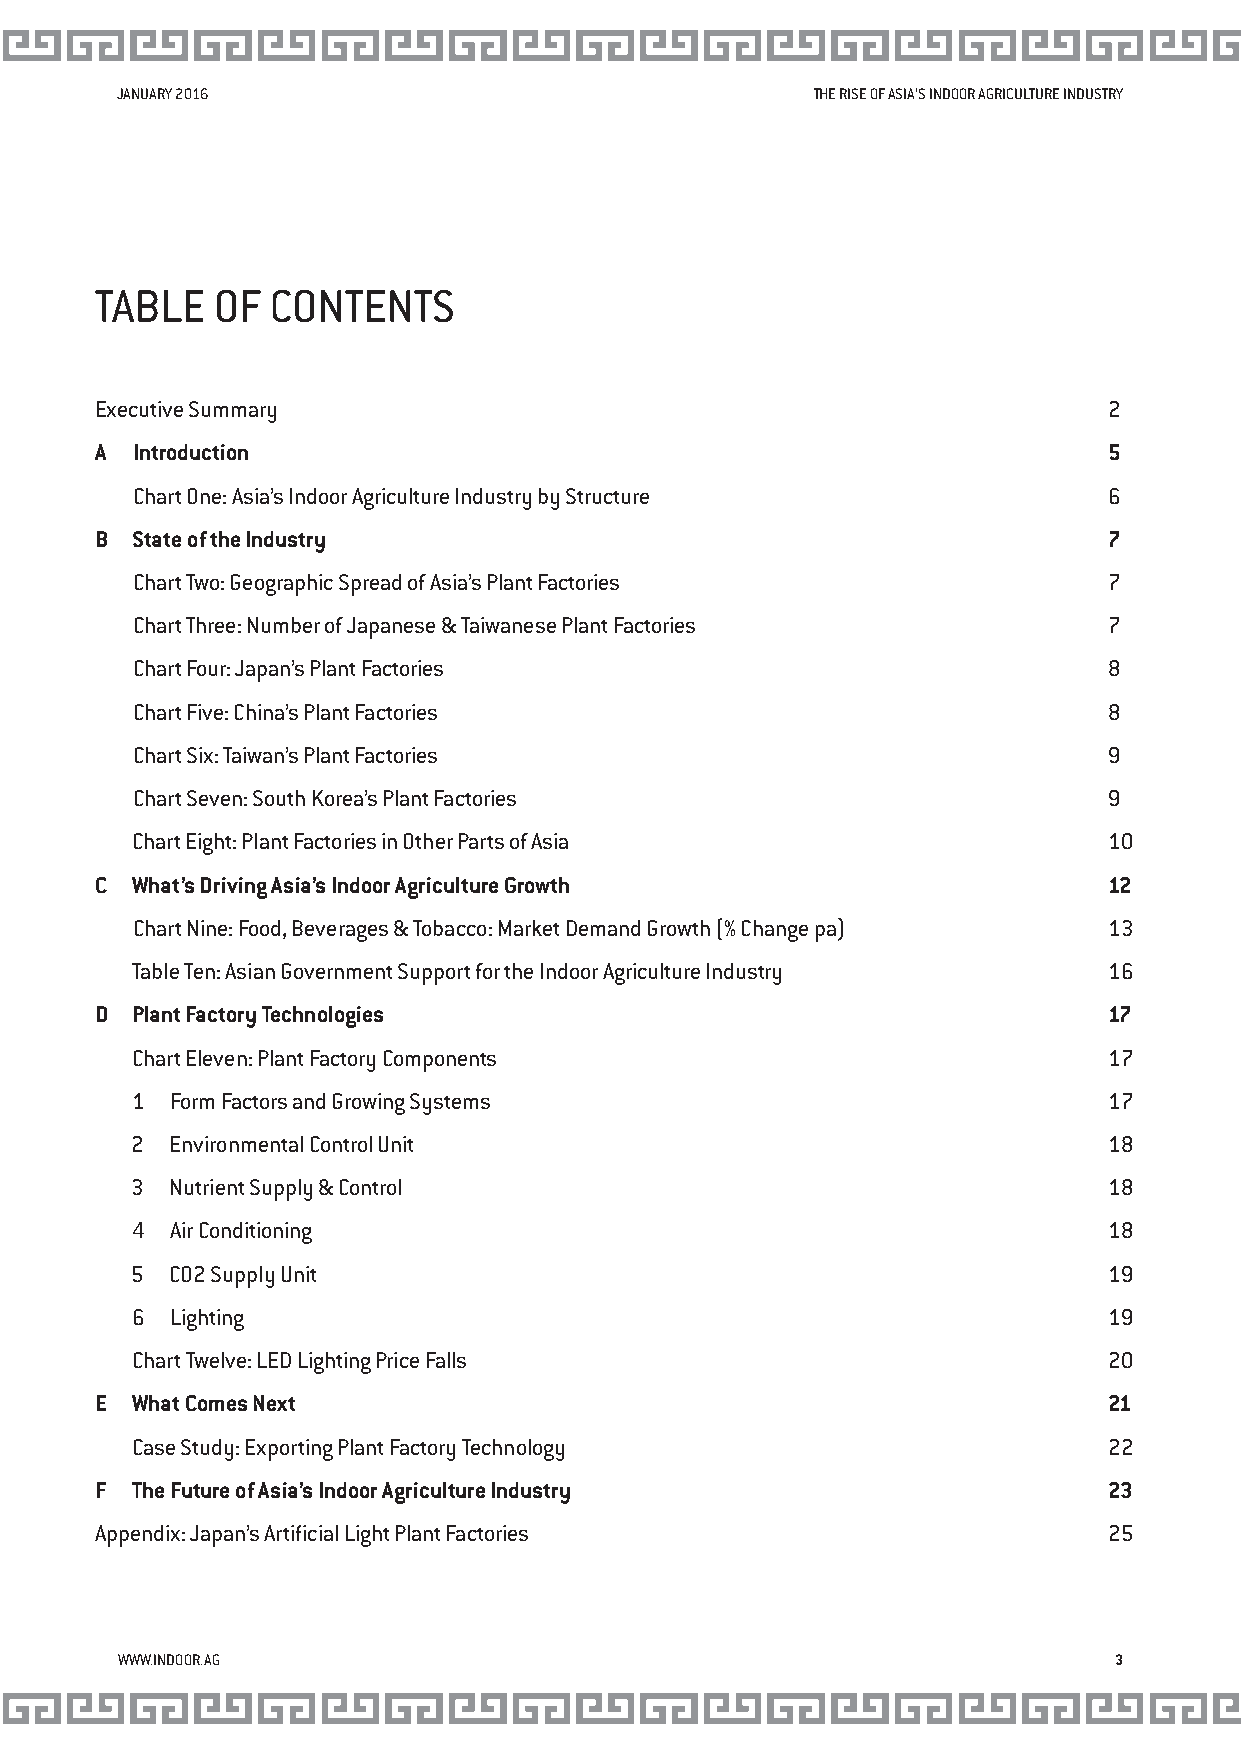
JANUARY 2016                                  THE RISE OF ASIA’S INDOOR AGRICULTURE INDUSTRY
 TABLE   OF  CONTENTS
 Executive Summary                                                  2
 A  Introduction                                                    5
 Chart One: Asia’s Indoor Agriculture Industry by Structure      6
 B  State of the Industry                                           7
 Chart Two: Geographic Spread of Asia’s Plant Factories          7
 Chart Three: Number of Japanese & Taiwanese Plant Factories     7
 Chart Four: Japan’s Plant Factories                             8
 Chart Five: China’s Plant Factories                             8
 Chart Six: Taiwan’s Plant Factories                             9
 Chart Seven: South Korea’s Plant Factories                      9
 Chart Eight: Plant Factories in Other Parts of Asia             10
 C  What’s Driving Asia’s Indoor Agriculture Growth                 12
 Chart Nine: Food, Beverages & Tobacco: Market Demand Growth (% Change pa) 13
 Table Ten: Asian Government Support for the Indoor Agriculture Industry 16
 D  Plant Factory Technologies                                      17
 Chart Eleven: Plant Factory Components                          17
 1 Form Factors and Growing Systems                              17
 2 Environmental Control Unit                                    18
 3 Nutrient Supply & Control                                     18
 4 Air Conditioning                                              18
 5 CO2 Supply Unit                                               19
 6 Lighting                                                      19
 Chart Twelve: LED Lighting Price Falls                          20
 E  What Comes Next                                                 21
 Case Study: Exporting Plant Factory Technology                  22
 F  The Future of Asia’s Indoor Agriculture Industry                23
 Appendix: Japan’s Artificial Light Plant Factories                 25
 WWW.INDOOR.AG                                                     3